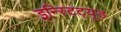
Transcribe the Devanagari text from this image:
इन्स्टिट्यूड